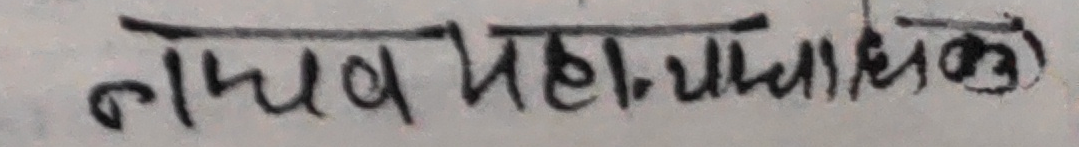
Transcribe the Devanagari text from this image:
माधव महा. च्याल्ने